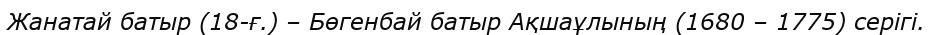
Жанатай батыр (18-ғ.) – Бөгенбай батыр Ақшаұлының (1680 – 1775) серігі.